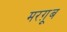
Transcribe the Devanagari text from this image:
मरग़ूूब